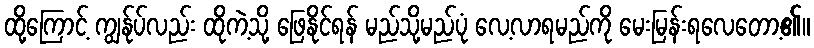
ထို့ကြောင့် ကျွန်ုပ်လည်း ထိုကဲ့သို့ ဖြေနိုင်ရန် မည်သို့မည်ပုံ လေ့လာရမည်ကို မေးမြန်းရလေတော့၏။